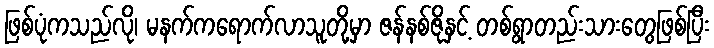
ဖြစ်ပုံကသည်လို၊ မနက်ကရောက်လာသူတို့မှာ ဇန်နစ်ဇိုနှင့် တစ်ရွာတည်းသားတွေဖြစ်ပြီး